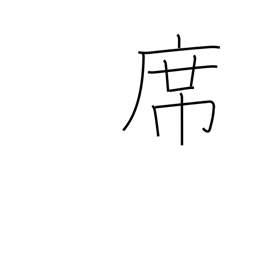
Meaning: seat